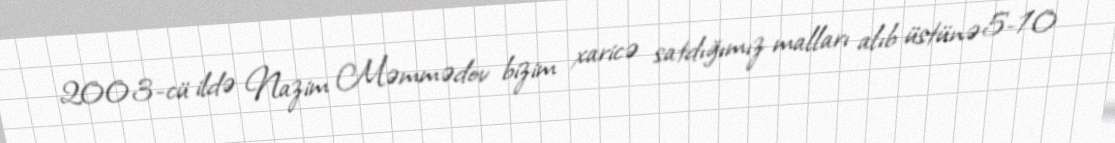
2003-cü ildə Nazim Məmmədov bizim xaricə satdığımız malları alıb üstünə 5-10